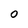
Character: 0